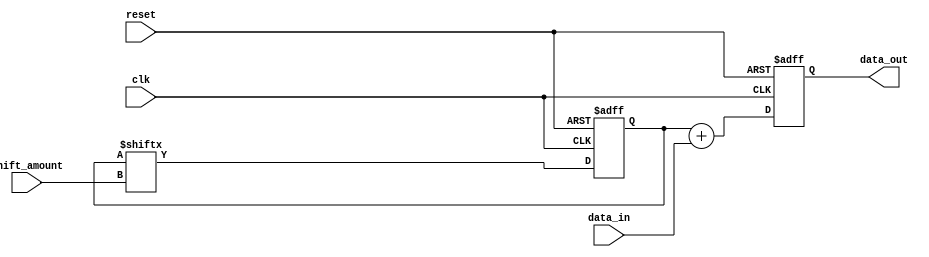
module shift_add_register (
  input wire clk,
  input wire reset,
  input wire [7:0] data_in,
  input wire [2:0] shift_amount,
  output reg [7:0] data_out
);

reg [7:0] shift_reg;
reg [7:0] shifted_data;

always @(posedge clk or posedge reset) begin
  if (reset) begin
    shift_reg <= 8'b0;
    shifted_data <= 8'b0;
  end else begin
    shift_reg <= {data_in, shift_reg[7:shift_amount]};
    shifted_data <= shift_reg + data_in;
  end
end

assign data_out = shifted_data;

endmodule